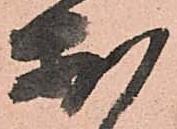
お